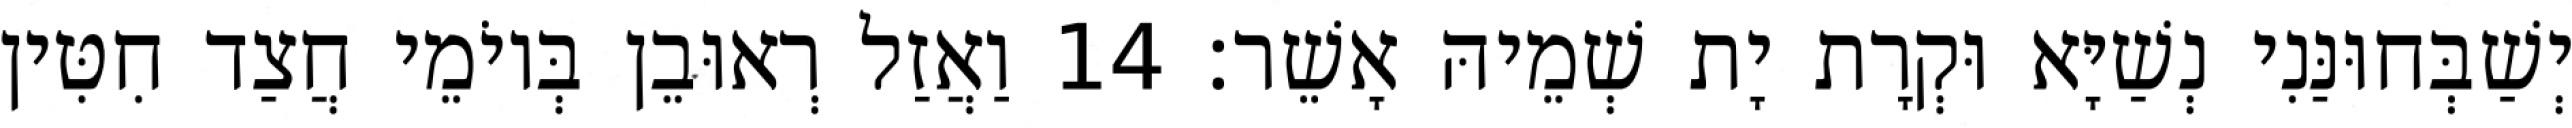
יְשַׁבְּחוּנַּנִי נְשַׁיָּא וּקְרָת יָת שְׁמֵיהּ אָשֵׁר׃ 14 וַאֲזַל רְאוּבֵן בְּיוֹמֵי חֲצַד חִטִּין